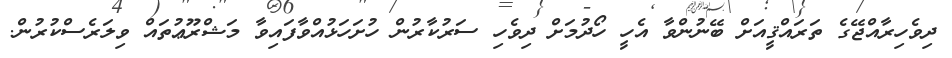
ދިވެހިރާއްޖޭގެ ތަރައްޤީއަށް ބޭނުންވާ އެހީ ހޯދުމަށް ދިވެހި ސަރުކާރުން ހުށަހަޅުއްވާފައިވާ މަޝްރޫޢުތައް ވިލަރެސްކުރުން.